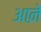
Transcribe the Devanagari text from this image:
आऩे